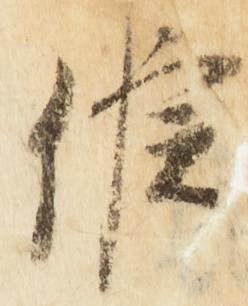
候